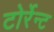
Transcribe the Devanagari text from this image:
टोर्रेन्ट